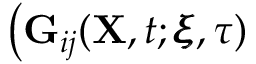
\big ( \mathbf { G } _ { i j } ( \mathbf { X } , t ; \pmb { \xi } , \tau )